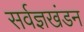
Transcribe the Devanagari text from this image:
सर्वज्ञखंडन